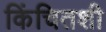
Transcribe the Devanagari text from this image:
किंचितशी